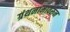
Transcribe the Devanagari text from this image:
ग्रंथनामावरून